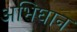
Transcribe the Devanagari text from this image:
अभिघान